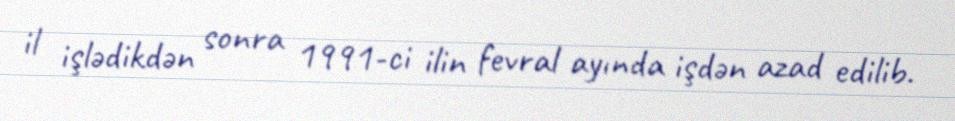
il işlədikdən sonra 1991-ci ilin fevral ayında işdən azad edilib.